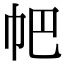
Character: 帊